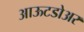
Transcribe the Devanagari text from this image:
आऊटडोअर